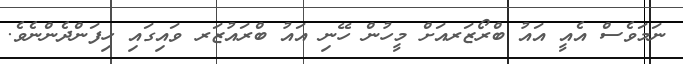
ނަމަވެސް އެއީ އައު ބްރޯޒަރއަށް މީހުން ހޭނި އައު ބްރައުޒަރ ވައިގައި ހިފަންދެންނެވެ.